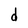
Character: d